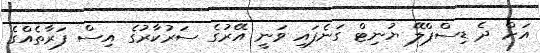
އަށް ދެ ޑިސްޕްލޭ ޔުނިޓް ގަނެފައި ވަނީ އޭރުގެ ސަރުކާރުގެ އިސް ފަރާތެއްގެ